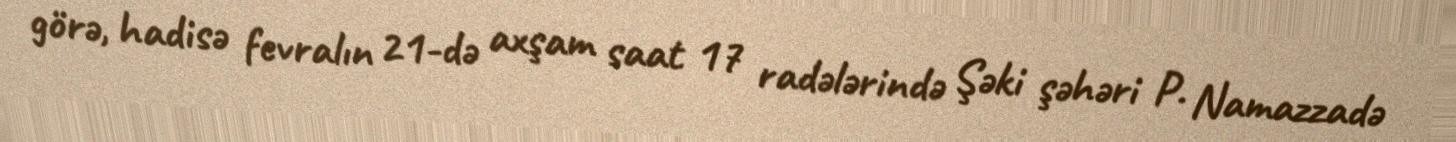
görə, hadisə fevralın 21-də axşam saat 17 radələrində Şəki şəhəri P. Namazzadə